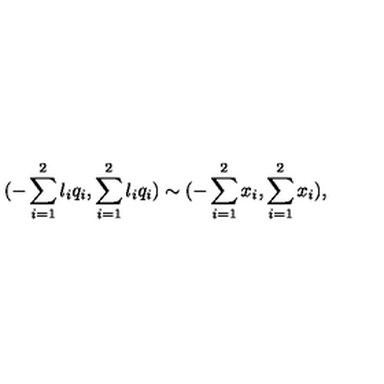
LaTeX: { ( - \sum _ { i = 1 } ^ { 2 } { l _ { i } q _ { i } } , \sum _ { i = 1 } ^ { 2 } { l _ { i } q _ { i } } ) } \sim { ( - \sum _ { i = 1 } ^ { 2 } { x _ { i } } , \sum _ { i = 1 } ^ { 2 } { x _ { i } } ) } ,